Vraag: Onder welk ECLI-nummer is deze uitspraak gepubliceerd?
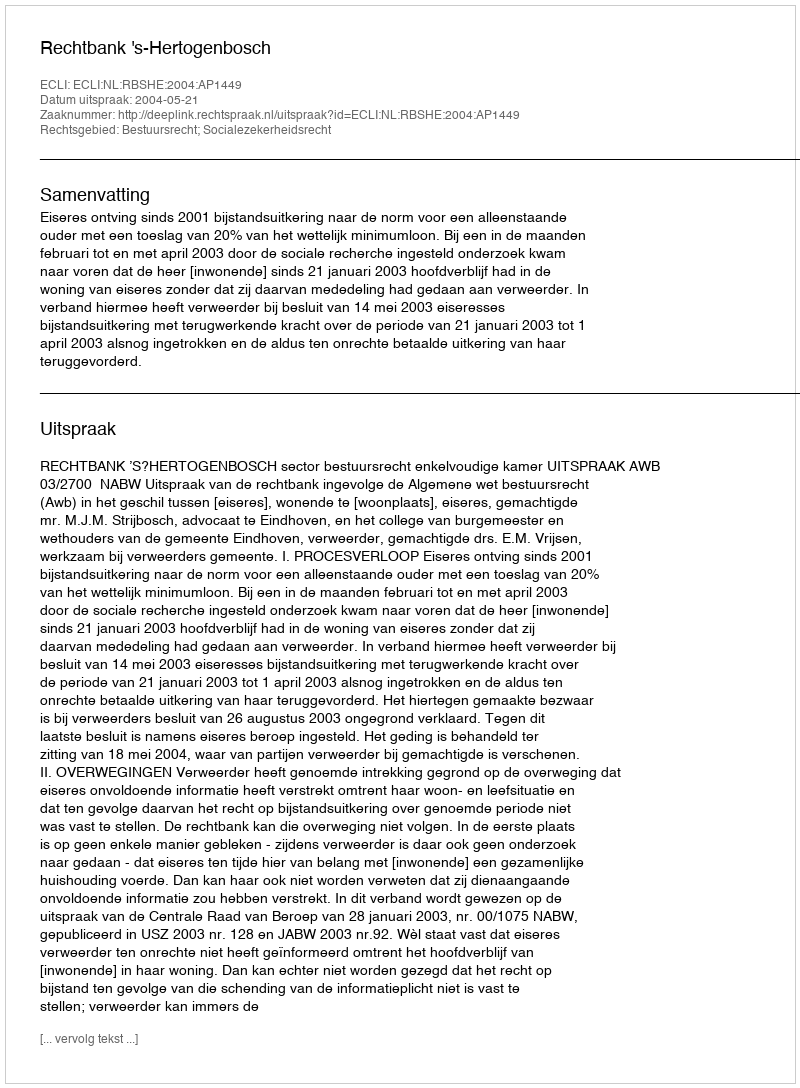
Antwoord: ECLI:NL:RBSHE:2004:AP1449